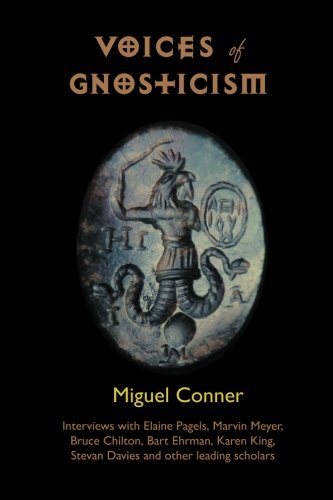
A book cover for Voices of Gnosticism: Interviews with Elaine Pagels, Marvin Meyer, Bart Ehrman, Bruce Chilton and Other Leading Scholars; Miguel Conner; Christian Books & Bibles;